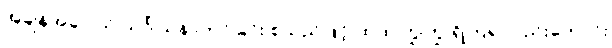
အချိန်အခါဝယ် သင်္ဂါယနာတင်ခြင်း စသည်ဖြင့် ထထကြွကြွ ရှိကြ၍လည်းကောင်း